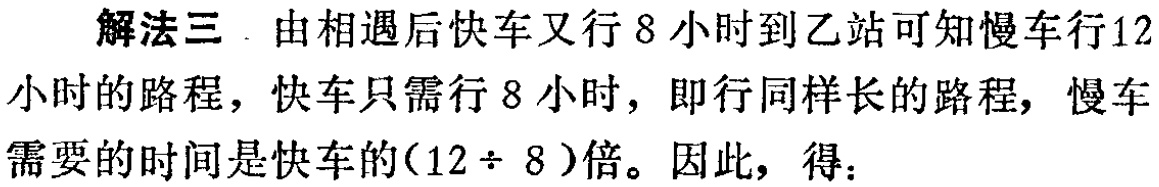
解法三．由相遇后快车又行8小时到乙站可知慢车行12小时的路程，快车只需行8小时，即行同样长的路程，慢车需要的时间是快车的\((12\div 8)\)倍。因此，得：